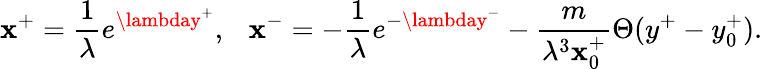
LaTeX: \mathbf{x}^{+}=\frac{{1}}{{\lambda}}e^{\lambday^{+}},~~~\mathbf{x}^{-}=-\frac{{1}}{{\lambda}}e^{-\lambday^{-}}-\frac{{m}}{{\lambda^{3}\mathbf{x}_{0}^{+}}}\Theta(y^{+}-y_{0}^{+}).